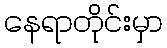
နေရာတိုင်းမှာ